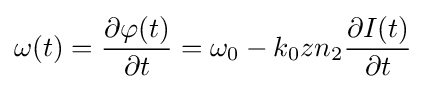
\omega (t)={\frac {\partial \varphi (t)}{\partial t}}=\omega _{0}-k_{0}zn_{2}{\frac {\partial I(t)}{\partial t}}